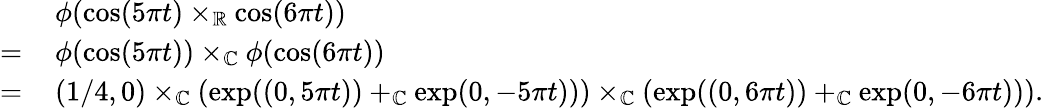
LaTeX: \begin{array}{rl}&{\phi(\cos(5\pi t)\times_{\mathbb{R}}\cos(6\pi t))}\\ {=\, }&{\phi(\cos(5\pi t))\times_{\mathbb{C}}\phi(\cos(6\pi t))}\\ {=\, }&{(1/4,0)\times_{\mathbb{C}}(\exp((0,5\pi t))+_{\mathbb{C}}\exp(0,-5\pi t)))\times_{\mathbb{C}}(\exp((0,6\pi t))+_{\mathbb{C}}\exp(0,-6\pi t))).}\end{array}